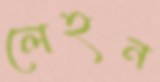
লেহন